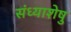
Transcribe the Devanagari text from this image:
संध्याशेषु